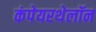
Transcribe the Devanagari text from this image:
कंपेयरथेलॉन